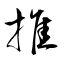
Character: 推